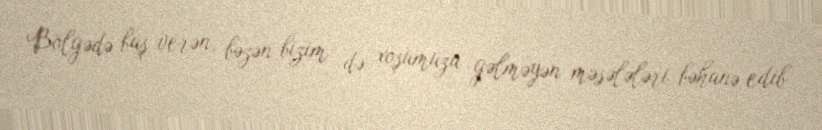
Bölgədə baş verən, bəzən bizim də xoşumuza gəlməyən məsələləri bəhanə edib